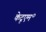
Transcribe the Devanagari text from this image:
केदृएम॰